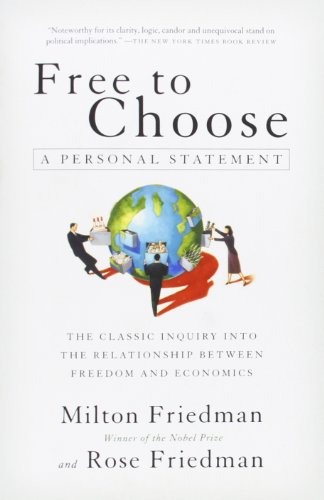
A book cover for Free to Choose: A Personal Statement; Milton Friedman; Business & Money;